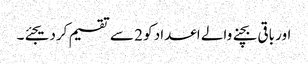
اور باقی بچنے والے اعداد کو 2 سے تقسیم کردیجئے۔